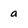
Character: a